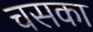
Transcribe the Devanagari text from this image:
चसका